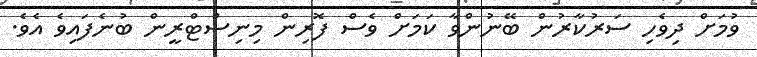
ވުމަށް ދިވެހި ސަރުކާރުން ބޭނުންވާ ކަމަށް ވެސް ފޮރިން މިނިސްޓްރީން ބުނެފައިވެ އެވެ.